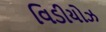
વિડીયોઝ